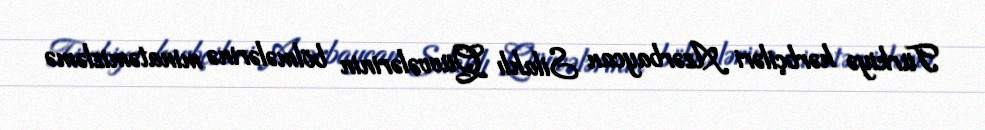
Türkiyə hərbçiləri Azərbaycan Silahlı Qüvvələrinin bölmələrinə minatəmizləmə